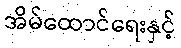
အိမ်ထောင်ရေးနှင့်